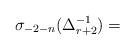
LaTeX: \begin{align*} \sigma_{-2-n}(\Delta_{r+2}^{-1}) = \end{align*}